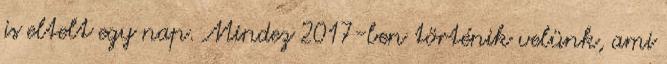
is eltelt egy nap. Mindez 2017-ben történik velünk, ami